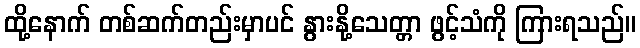
ထို့နောက် တစ်ဆက်တည်းမှာပင် နွားနို့သေတ္တာ ဖွင့်သံကို ကြားရသည်။